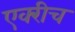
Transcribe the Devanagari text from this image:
एक्‍रीच